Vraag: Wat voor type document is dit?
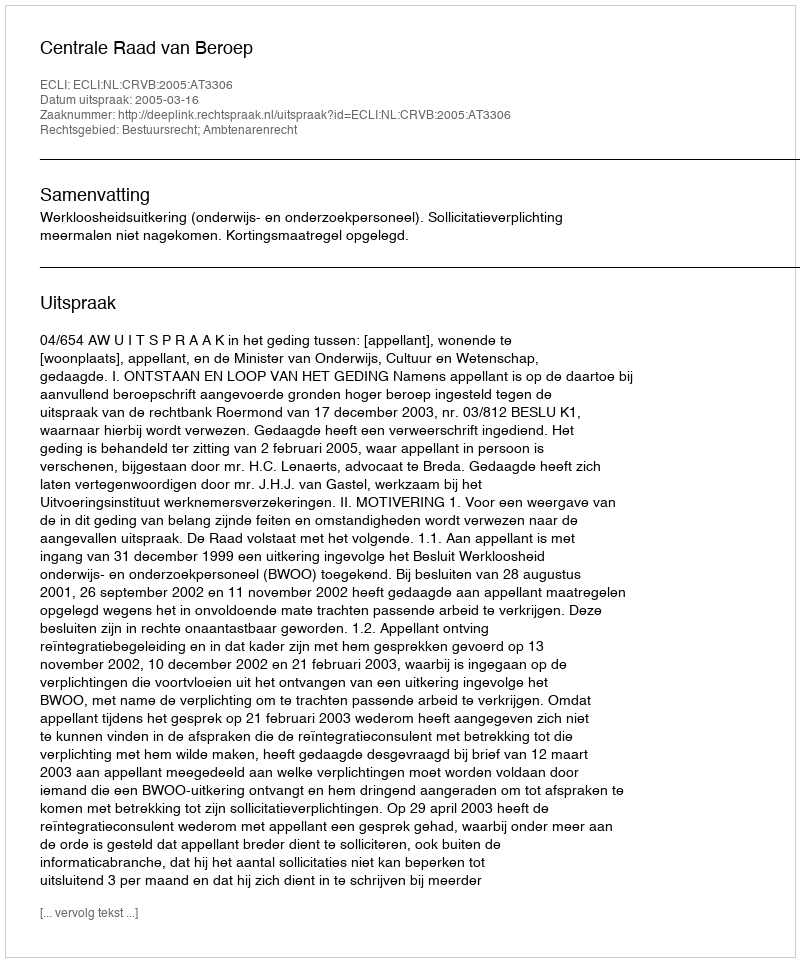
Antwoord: Uitspraak